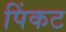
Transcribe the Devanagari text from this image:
पिंकट